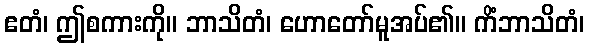
ဧတံ၊ ဤစကားကို။ ဘာသိတံ၊ ဟောတော်မူအပ်၏။ ကိံဘာသိတံ၊